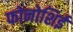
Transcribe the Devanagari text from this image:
फोनोशिई